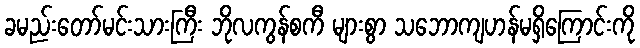
ခမည်းတော်မင်းသားကြီး ဘိုလကွန်စကီ များစွာ သဘောကျဟန်မရှိကြောင်းကို